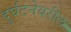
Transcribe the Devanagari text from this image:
दुर्घटनेवरील